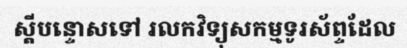
ស្តីបន្ទោសទៅ រលកវិទ្យុសកម្មទូរស័ព្ទដែល